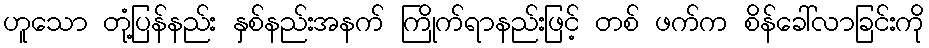
ဟူသော တုံ့ပြန်နည်း နှစ်နည်းအနက် ကြိုက်ရာနည်းဖြင့် တစ် ဖက်က စိန်ခေါ်လာခြင်းကို